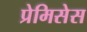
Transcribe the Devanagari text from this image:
प्रेमिसेस